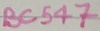
Text: BC547